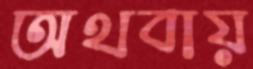
অথবায়